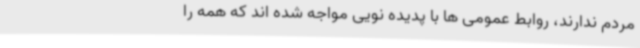
مردم ندارند، روابط عمومی ها با پدیده نویی مواجه شده اند که همه را